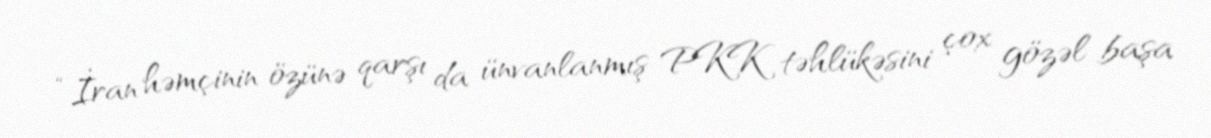
“İran həmçinin özünə qarşı da ünvanlanmış PKK təhlükəsini çox gözəl başa